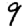
Digit: 9